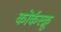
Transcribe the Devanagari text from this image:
कोर्कस्क्रू